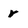
Character: r